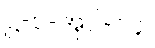
ဋ္ဌ-ပ-အုပ်-၁၄။